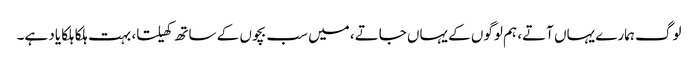
لوگ ہمارے یہاں آتے، ہم لوگوں کے یہاں جاتے، میں سب بچوں کے ساتھ کھیلتا، بہت ہلکا ہلکا یاد ہے۔